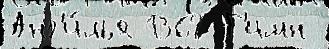
Анг'и́лья 1362 Г'имн